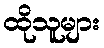
ထိုသူများ